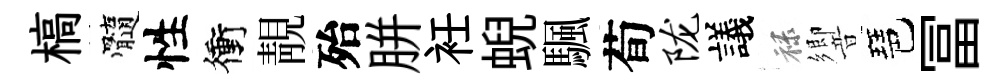
槁髓性衝靚殆胼衽蜺颿荀陇議禄響琶冨